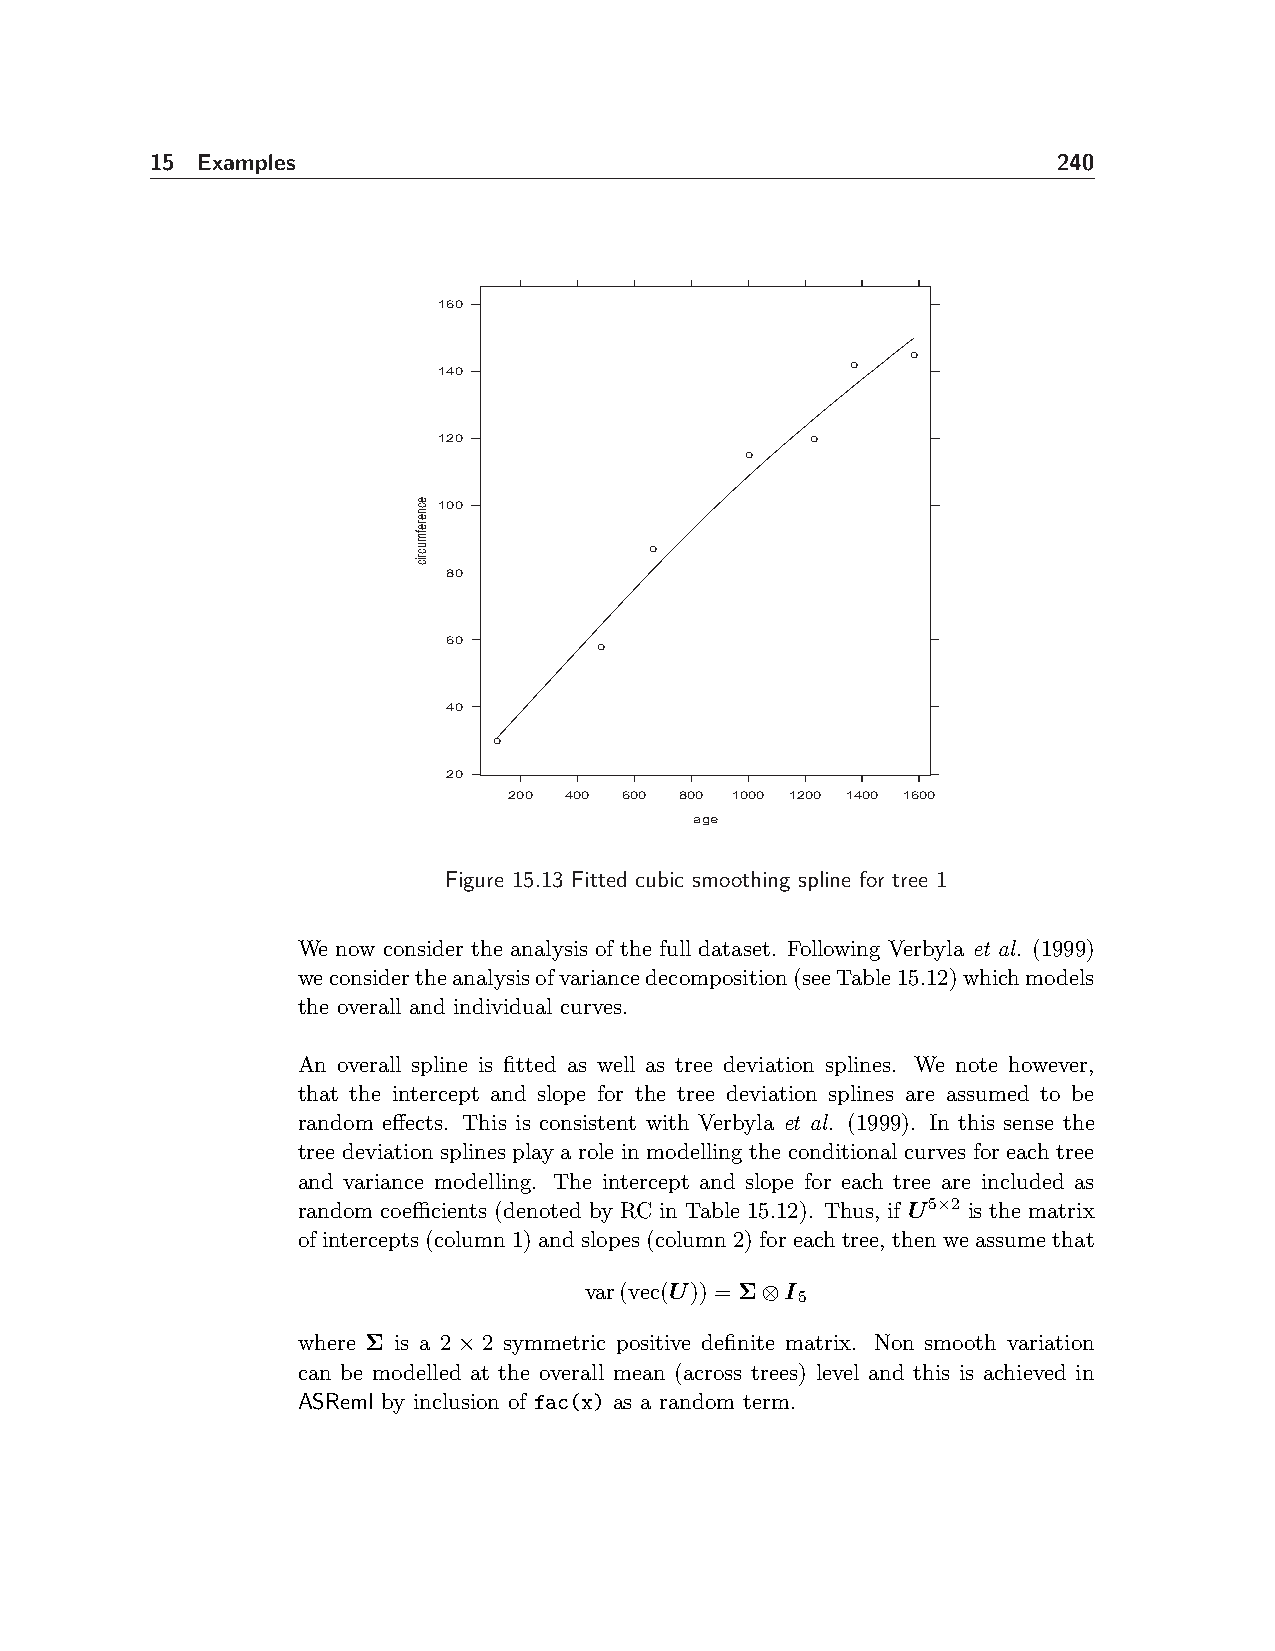
15 Examples                                                 240
 160
 o
 o
 140
 120                      o
 o
 100
 o
 80
 60        o
 40
 o
 20
 200 400 600 800 1000 1200 1400 1600
 age
 Figure 15.13 Fitted cubic smoothing spline for tree 1
 We now consider the analysis of the full dataset. Following Verbyla et al. (1999)
 weconsidertheanalysisofvariancedecomposition(seeTable15.12)whichmodels
 the overall and individual curves.
 An overall spline is fitted as well as tree deviation splines. We note however,
 that the intercept and slope for the tree deviation splines are assumed to be
 random effects. This is consistent with Verbyla et al. (1999). In this sense the
 tree deviation splines play a role in modelling the conditional curves for each tree
 and variance modelling. The intercept and slope for each tree are included as
 random coefficients (denoted by RC in Table 15.12). Thus, if U5×2 is the matrix
 ofintercepts(column1)andslopes(column2)foreachtree, thenweassumethat
 var(vec(U)) = Σ⊗I
 5
 where Σ is a 2 × 2 symmetric positive definite matrix. Non smooth variation
 can be modelled at the overall mean (across trees) level and this is achieved in
 ASReml by inclusion of fac(x) as a random term.
 ecnerefmucric